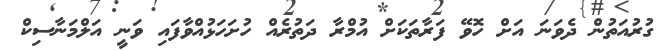
ގުރުއަތުން ދެވަނަ އަށް ހޮވޭ ފަރާތަކަށް އުމްރާ ދަތުރެއް ހުށަހަޅުއްވާފައި ވަނީ އަލްމަނާސިކް